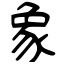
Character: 象